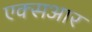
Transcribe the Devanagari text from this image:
एक्सआर